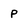
Character: P